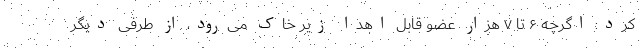
کرد: اگرچه ۶ تا ۷ هزار عضو قابل اهدا زیر خاک می‌رود، از طرفی دیگر